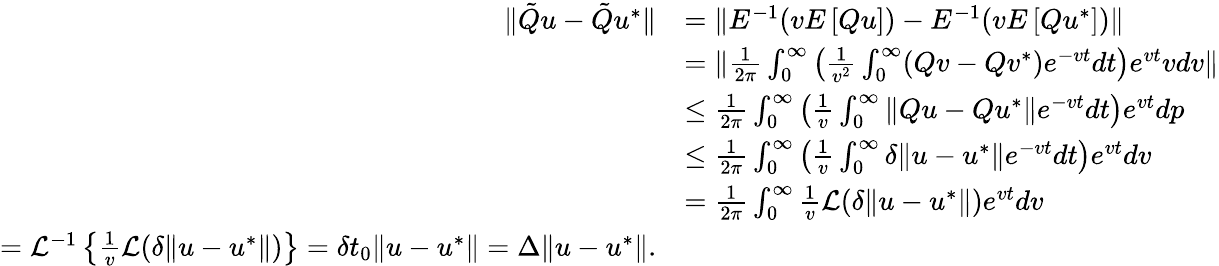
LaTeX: \begin{array}{rl}{\| \tilde{Q}u-\tilde{Q}u^{*}\| }&{=\| E^{-1}(vE\left[Qu\right])-E^{-1}(vE\left[Qu^{*}\right])\| }\\ &{=\| \frac{1}{2\pi}\int_{0}^{\infty}\left(\frac{1}{v^{2}}\int_{0}^{\infty}(Qv-Qv^{*})e^{-vt}dt\right)e^{vt}vdv\| }\\ &{\leq\frac{1}{2\pi}\int_{0}^{\infty}\left(\frac{1}{v}\int_{0}^{\infty}\| Qu-Qu^{*}\| e^{-vt}dt\right)e^{vt}dp}\\ &{\leq\frac{1}{2\pi}\int_{0}^{\infty}\left(\frac{1}{v}\int_{0}^{\infty}\delta\| u-u^{*}\| e^{-vt}dt\right)e^{vt}dv}\\ &{=\frac{1}{2\pi}\int_{0}^{\infty}\frac{1}{v}\mathcal{L}(\delta\| u-u^{*}\| )e^{vt}dv}\\ {=\mathcal{L}^{-1}\left\{ \frac{1}{v}\mathcal{L}(\delta\| u-u^{*}\| )\right\} =\delta t_{0}\| u-u^{*}\| =\Delta\| u-u^{*}\| .}\end{array}